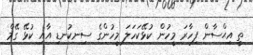
ތީ އިޙްސާން ފިހާރަ މީހުން ކުޅޭކަހަލަ މީހުންގެ ސިނކުނޑި އާއި ކުޅޭ ގޭމް